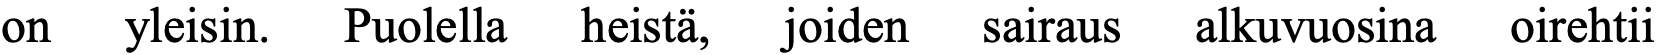
on  yleisin. Puolella heistä, joiden sairaus alkuvuosina oirehtii